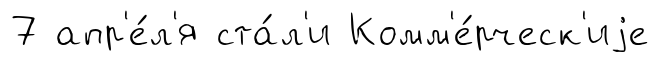
7 апр'е́л'я ста́л'и Комм'е́рческ'иjе